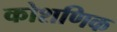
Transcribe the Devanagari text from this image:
कोशणिक